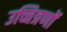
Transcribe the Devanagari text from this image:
उच्चित्रणों